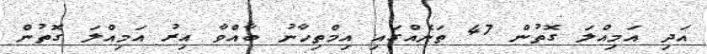
އަދި އަމިއްލަ ގޮތުން 47 ތަނެއްގައި އިމްތިހާނު ބާއްވާ އިރު އަމިއްލަ ގޮތުން